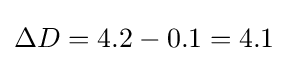
\Delta D=4.2-0.1=4.1